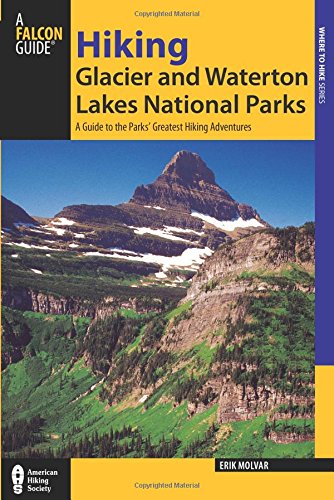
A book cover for Hiking Glacier and Waterton Lakes National Parks: A Guide To The Parks' Greatest Hiking Adventures (Regional Hiking Series); Erik Molvar; Sports & Outdoors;